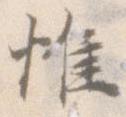
惟